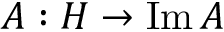
A : H \to \operatorname { I m } A